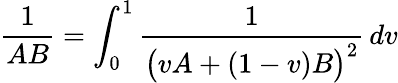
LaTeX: {\frac{1}{AB}}=\int_{0}^{1}{\frac{1}{{\big(}vA+(1-v)B{\big)}^{2}}}\, dv